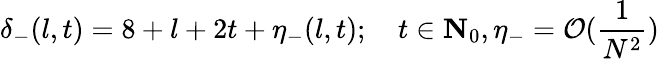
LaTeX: \delta_{-}(l,t)=8+l+2t+\eta_{-}(l,t);\quad t\in{\mathbf{N}_{0}},\eta_{-}=\mathcal{O}(\frac{1}{N^{2}})